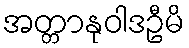
အတ္တာနုဝါဒဦမိ